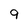
Character: 9